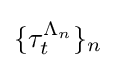
\{\tau _{t}^{\Lambda _{n}}\}_{n}